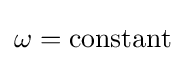
\omega ={\text{constant}}